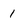
Character: 1